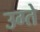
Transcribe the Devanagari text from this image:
उग्ते